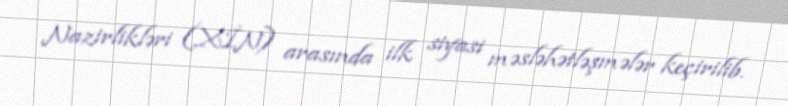
Nazirlikləri (XİN) arasında ilk siyasi məsləhətləşmələr keçirilib.